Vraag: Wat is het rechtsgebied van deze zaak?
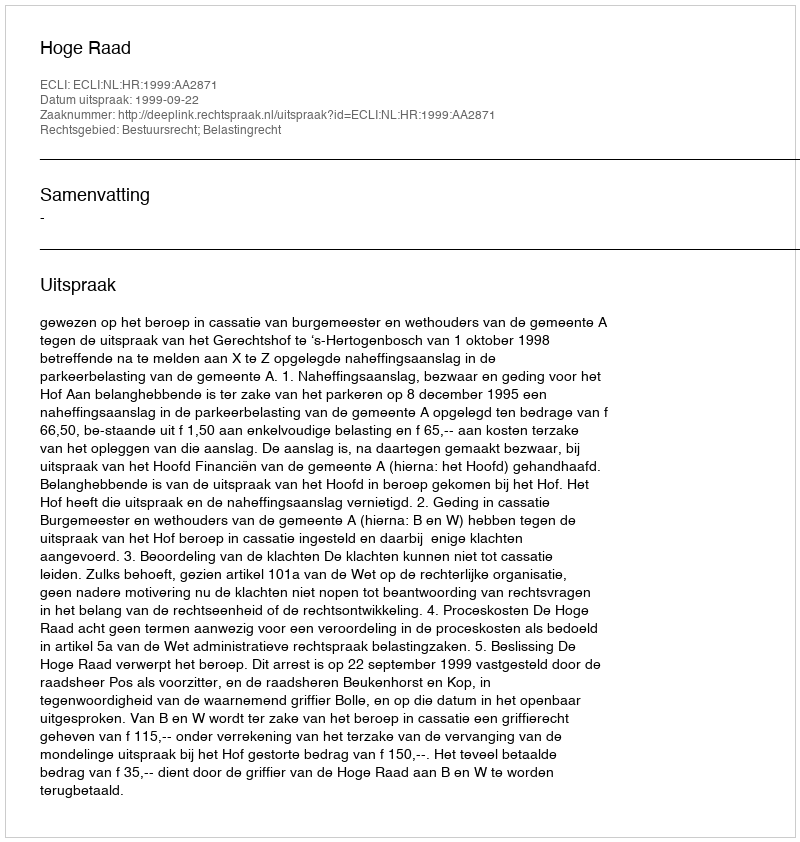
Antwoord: Bestuursrecht; Belastingrecht